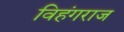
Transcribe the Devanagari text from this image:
विहंगराज